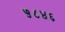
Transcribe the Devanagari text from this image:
५८४६